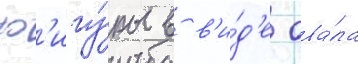
ф'игу́ры в в'и́д'е ова́ла